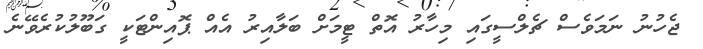
ޖެހުނު ނަމަވެސް ޗެލްސީގައި މިހާރު އޮތް ޓީމަށް ބަލާއިރު އެއް ޕޮއިންޓަކީ ގަބޫލުކުރެވޭނެ